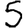
Digit: 5